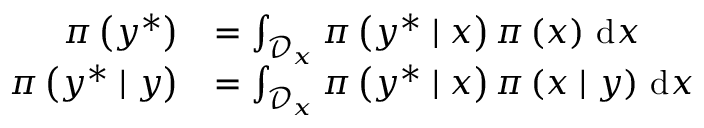
\begin{array} { r l } { \pi \left( \boldsymbol { y } ^ { \ast } \right) } & { = \int _ { \mathcal { D } _ { \boldsymbol { x } } } \pi \left( \boldsymbol { y } ^ { \ast } \mid \boldsymbol { x } \right) \pi \left( \boldsymbol { x } \right) \, \mathrm { d } \boldsymbol { x } } \\ { \pi \left( \boldsymbol { y } ^ { \ast } \mid \boldsymbol { y } \right) } & { = \int _ { \mathcal { D } _ { \boldsymbol { x } } } \pi \left( \boldsymbol { y } ^ { \ast } \mid \boldsymbol { x } \right) \pi \left( \boldsymbol { x } \mid \boldsymbol { y } \right) \, \mathrm { d } \boldsymbol { x } } \end{array}